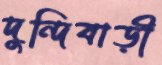
দুন্দিবাড়ী